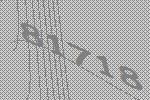
81718